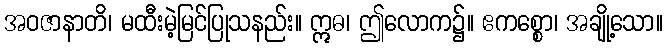
အဝဇာနာတိ၊ မထီးမဲ့မြင်ပြုသနည်း။ ဣဓ၊ ဤလောက၌။ ဧကစ္စော၊ အချို့သော။